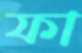
ফা